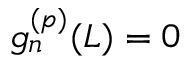
g _ { n } ^ { ( p ) } ( L ) = 0